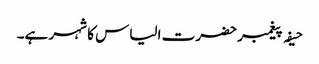
حیفہ پیغمبر حضرت الیاس کا شہر ہے۔